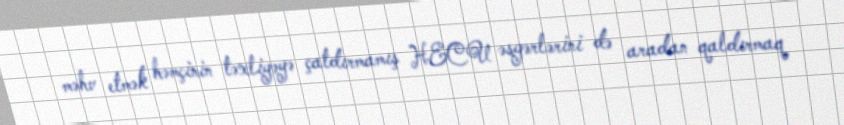
məhv etmək həmçinin təxliyəyə çatdırmamış HECU əsgərlərini də aradan qaldırmaq